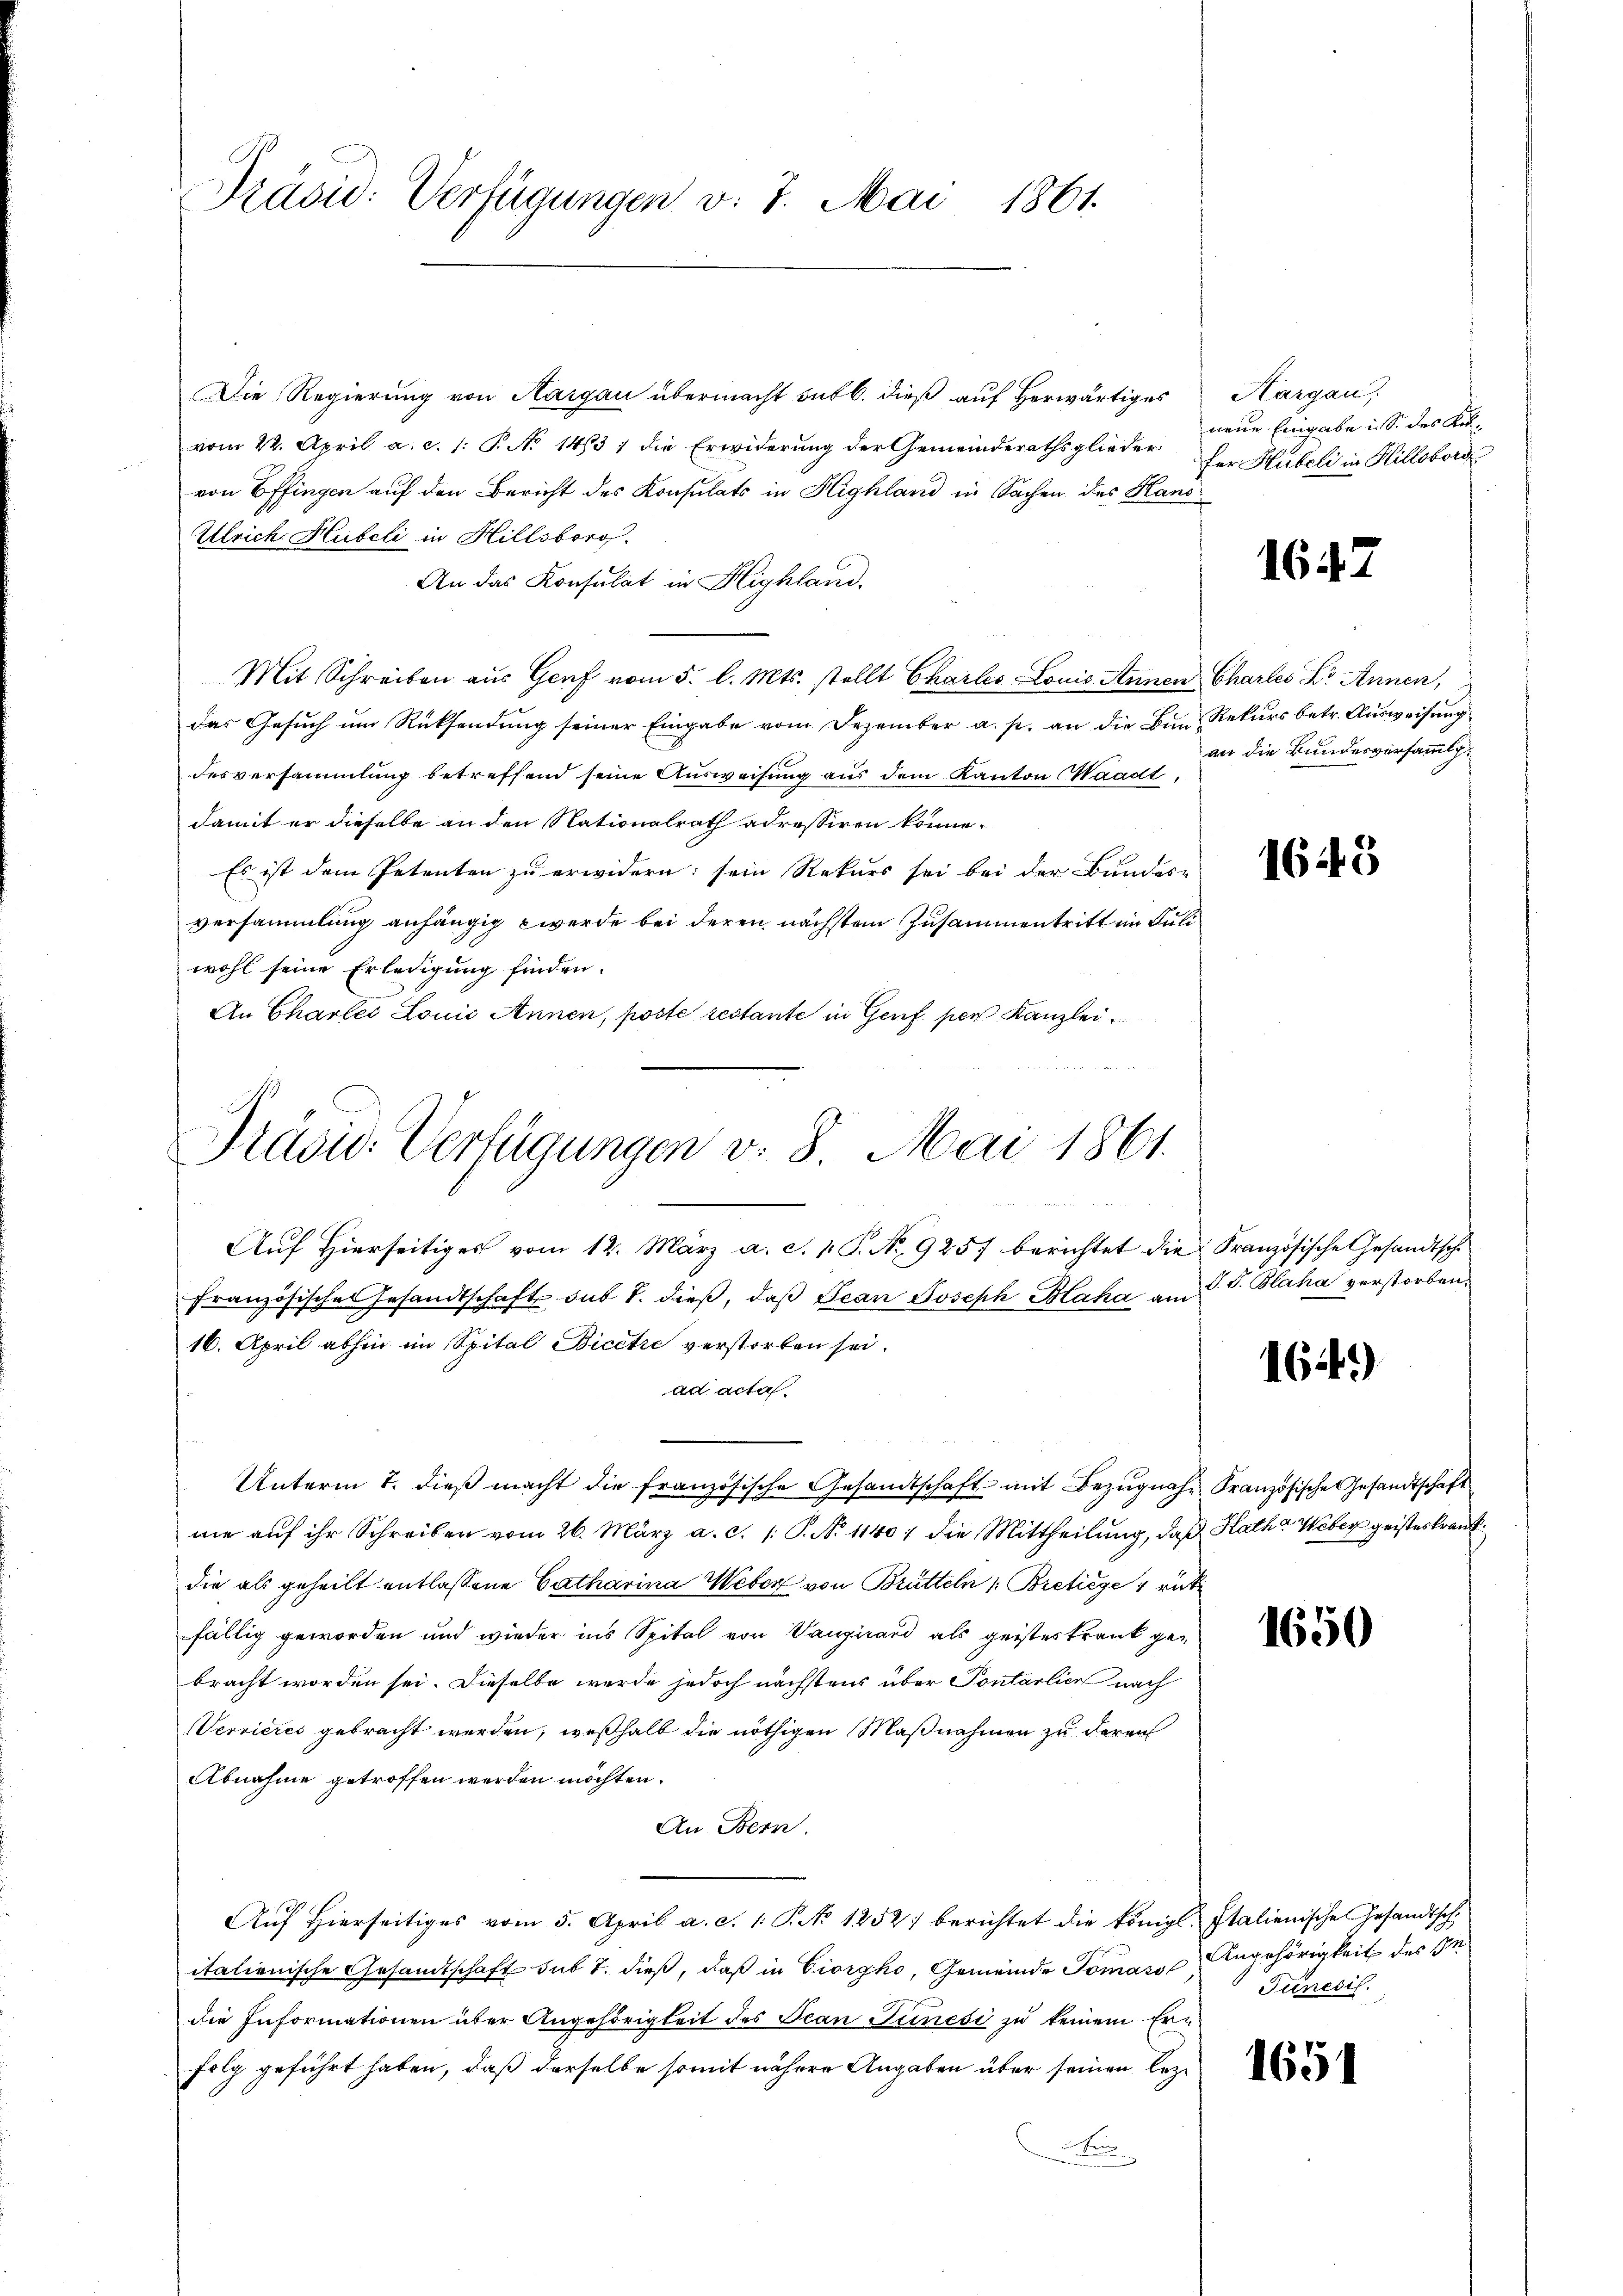
Präsid: Verfügungen v. 7. Mai 1861.

Die Regierung von Aargau übermacht sub b. dieß auf Horwärtiges
vom 22. April a. c. (: P. No 1413) die Erwiderung der Gemeinderathsglieder
von Effingen auf den Bericht des Konsulats in Highland in Sachen des Hans¬
Ulrich Hubeli in Hillsboro.
An das Konsulat in Highland.
Mit Schreiben aus Genf vom 5. l. Mts. stellt Charles Louis Annen Charles Dr. Annen,
das Gesuch um Rücksendung seiner Eingabe vom Dezember a. p. an die Bun, Rekurs betr. Ausweisung
desversammlung betreffend seine Ausweisung aus dem Kanton Waadt.
damit er dieselbe an den Nationalrath adressiren könne.
Es ist dem Petenten zu erwidern: sein Rekurs sei bei der Bundes-
versammlung anhängig werde bei deren nächsten Zusammentritt im Juli
wohl seine Erledigung finden.
An Charlei Louić Annen, poste restante in Genf per Kanzlei
Präsid. Verfügungen v. 8. Mai 1861.

Aŭf Hierseitiges vom 12. März a. c. 1 S. No. 9257 berichtet die Französische Gesandtsch
französische Gesandtschaft sub 1. dieß, daß Jean Joseph Blaha am
16. April abhin im Spital Bicetze verstorben sei.
ad acta.
Unterm 1. dieβ macht die französische Gesandtschaft mit Bezugnahm, Französische Gesandtschaft
me auf ihr Schreiben vom 26. März a. c. /: P. No 11407 die Mittheilung, daß Kath Weber geisteskrankdie als geheilt entlassene Catharina Weber von Brütteln (: Bretiege trit
fällig geworden und wieder ins Spital von Vangirard als geisteskrank gebracht worden sei. Dieselbe werde jedoch nächstens über Pontarlier nach
Servieres gebracht werden, weßhalb die nöthigen Maßnahmen zu deren
Abnahme getroffen werden möchten.
An Bern.
Aŭf Hierseitiges vom 5. April a. c. 1. P. No 1252) berichtet die königl. Italienisches Gesandtschitalienische Gesandtschaft sub 7. dieß, daß in Giorgho, Gemeinde Tomas Angehörigkeit des Indie Informationen über Angehörigkeit des Jean Sunesi zu keinem Erfolg geführt haben, daß derselbe somit nähere Angaben über seinen lez¬
B

Hargau,
neue Eingabe in S. des Refer Hübeli in Hilloborg

16

an die Bundesversammlg.

1643

V. S. Blaha verstorben.

164)

1650

Junesis.

1651